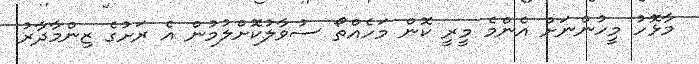
މާޅޮހު މީހުންނަށް އެންމެ މީރީ ކޮން މަހެއްތޯ ސުވާލުކޮށްލުމުން އެ ރަށުގެ ޒިންމާދާރު